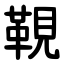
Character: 䩤